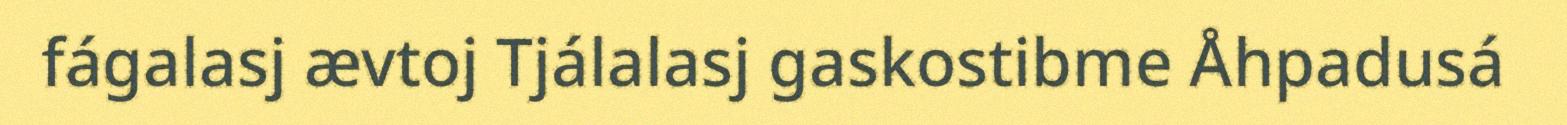
fágalasj ævtoj Tjálalasj gaskostibme Åhpadusá